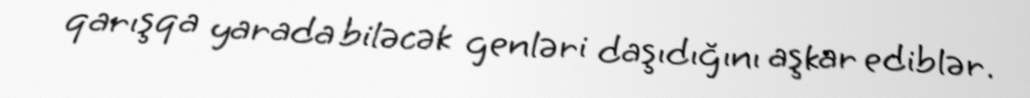
qarışqa yarada biləcək genləri daşıdığını aşkar ediblər.